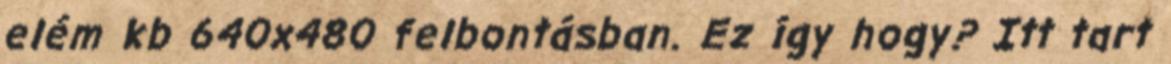
elém kb 640x480 felbontásban. Ez így hogy? Itt tart